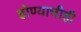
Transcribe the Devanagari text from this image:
होण्याचीही